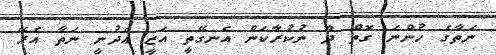
ނަތާގެ ހުންނަ ގޮތް ދޫ ނުކުރާކަން އެނގޭތީ އަޒީ އެދުނީ ނަތާ އެރޭ